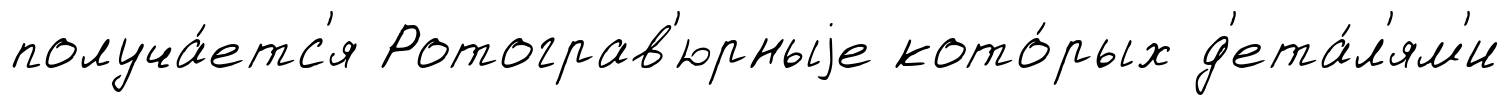
получа́етс'я Ротограв'юрныjе кото́рых д'ета́л'ям'и